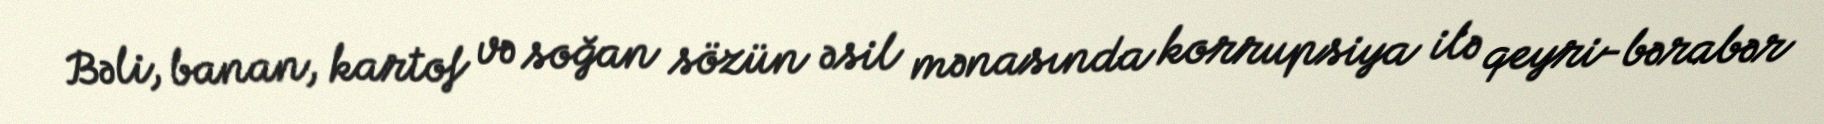
Bəli, banan, kartof və soğan sözün əsil mənasında korrupsiya ilə qeyri-bərabər